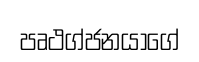
පෘථග්ජනයාගේ